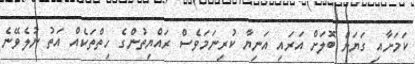
ކަމަށާއި ގަޔަށް ބޮލަށް އަރައި އަނިޔާ ކުރިނަމަވެސް ރައްޔިތުންގެ ހިތްތަކެއް އަތު ނުލެވޭނެ